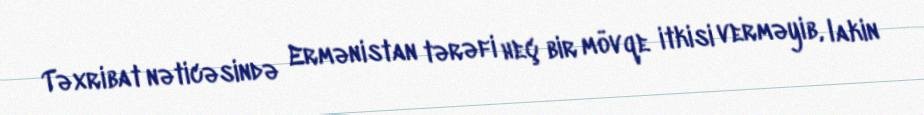
Təxribat nəticəsində Ermənistan tərəfi heç bir mövqe itkisi verməyib, lakin